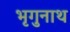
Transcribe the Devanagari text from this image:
भृगुनाथ